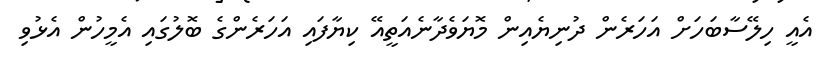
އެއީ ހިލޭސާބަހަށް އަހަރެން ދުނިޔެއިން މޮޔަވެދާނެއަތީއޭ ކިޔާފައި އަހަރެންގެ ބޮލުގައި އެމީހުން އެޅުވި